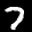
Label: 7